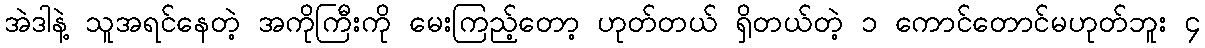
အဲဒါနဲ့ သူအရင်နေတဲ့ အကိုကြီးကို မေးကြည့်တော့ ဟုတ်တယ် ရှိတယ်တဲ့ ၁ ကောင်တောင်မဟုတ်ဘူး ၄